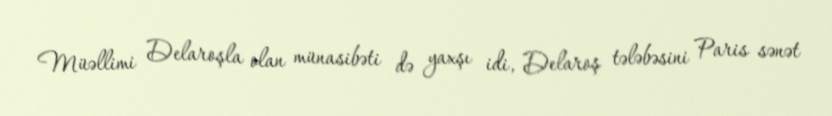
Müəllimi Delaroşla olan münasibəti də yaxşı idi, Delaroş tələbəsini Paris sənət